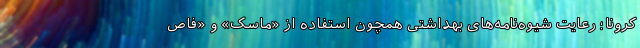
کرونا؛ رعایت شیوه‌نامه‌های بهداشتی همچون استفاده از «ماسک» و «فاص